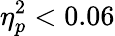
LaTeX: \eta_{p}^{2}<0.06